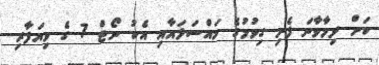
ކަށް ދިމާވާނަ ފެށި ގިވުމުގެ މައްސަލައާއި އެކު ނޯޓް 7 ގެ ވިޔަފާރި